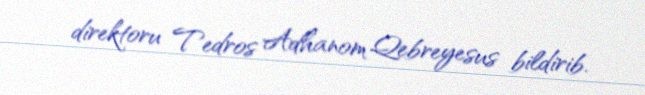
direktoru Tedros Adhanom Qebreyesus bildirib.